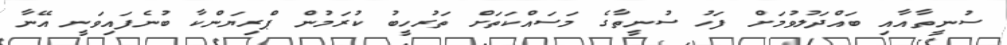
ސުނީތާއާއި ބައްދަލުވުމަށް ފަހު ސުނީތާގެ މަސައްކަތަށް ތަރުހީބު ކުރަމުން ޕްރިޔަންކާ ބުނެފައިވަނީ އޭނާ